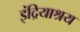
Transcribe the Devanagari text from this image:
इंद्रियाश्रय